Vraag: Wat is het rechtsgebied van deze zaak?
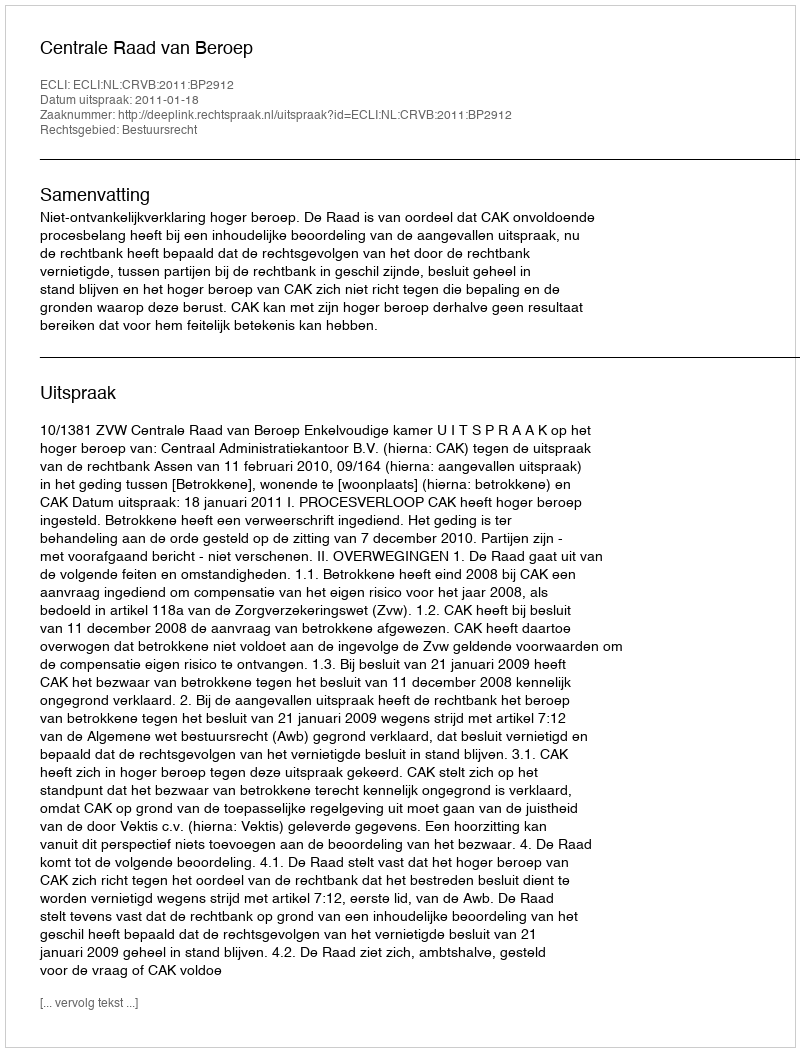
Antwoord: Bestuursrecht